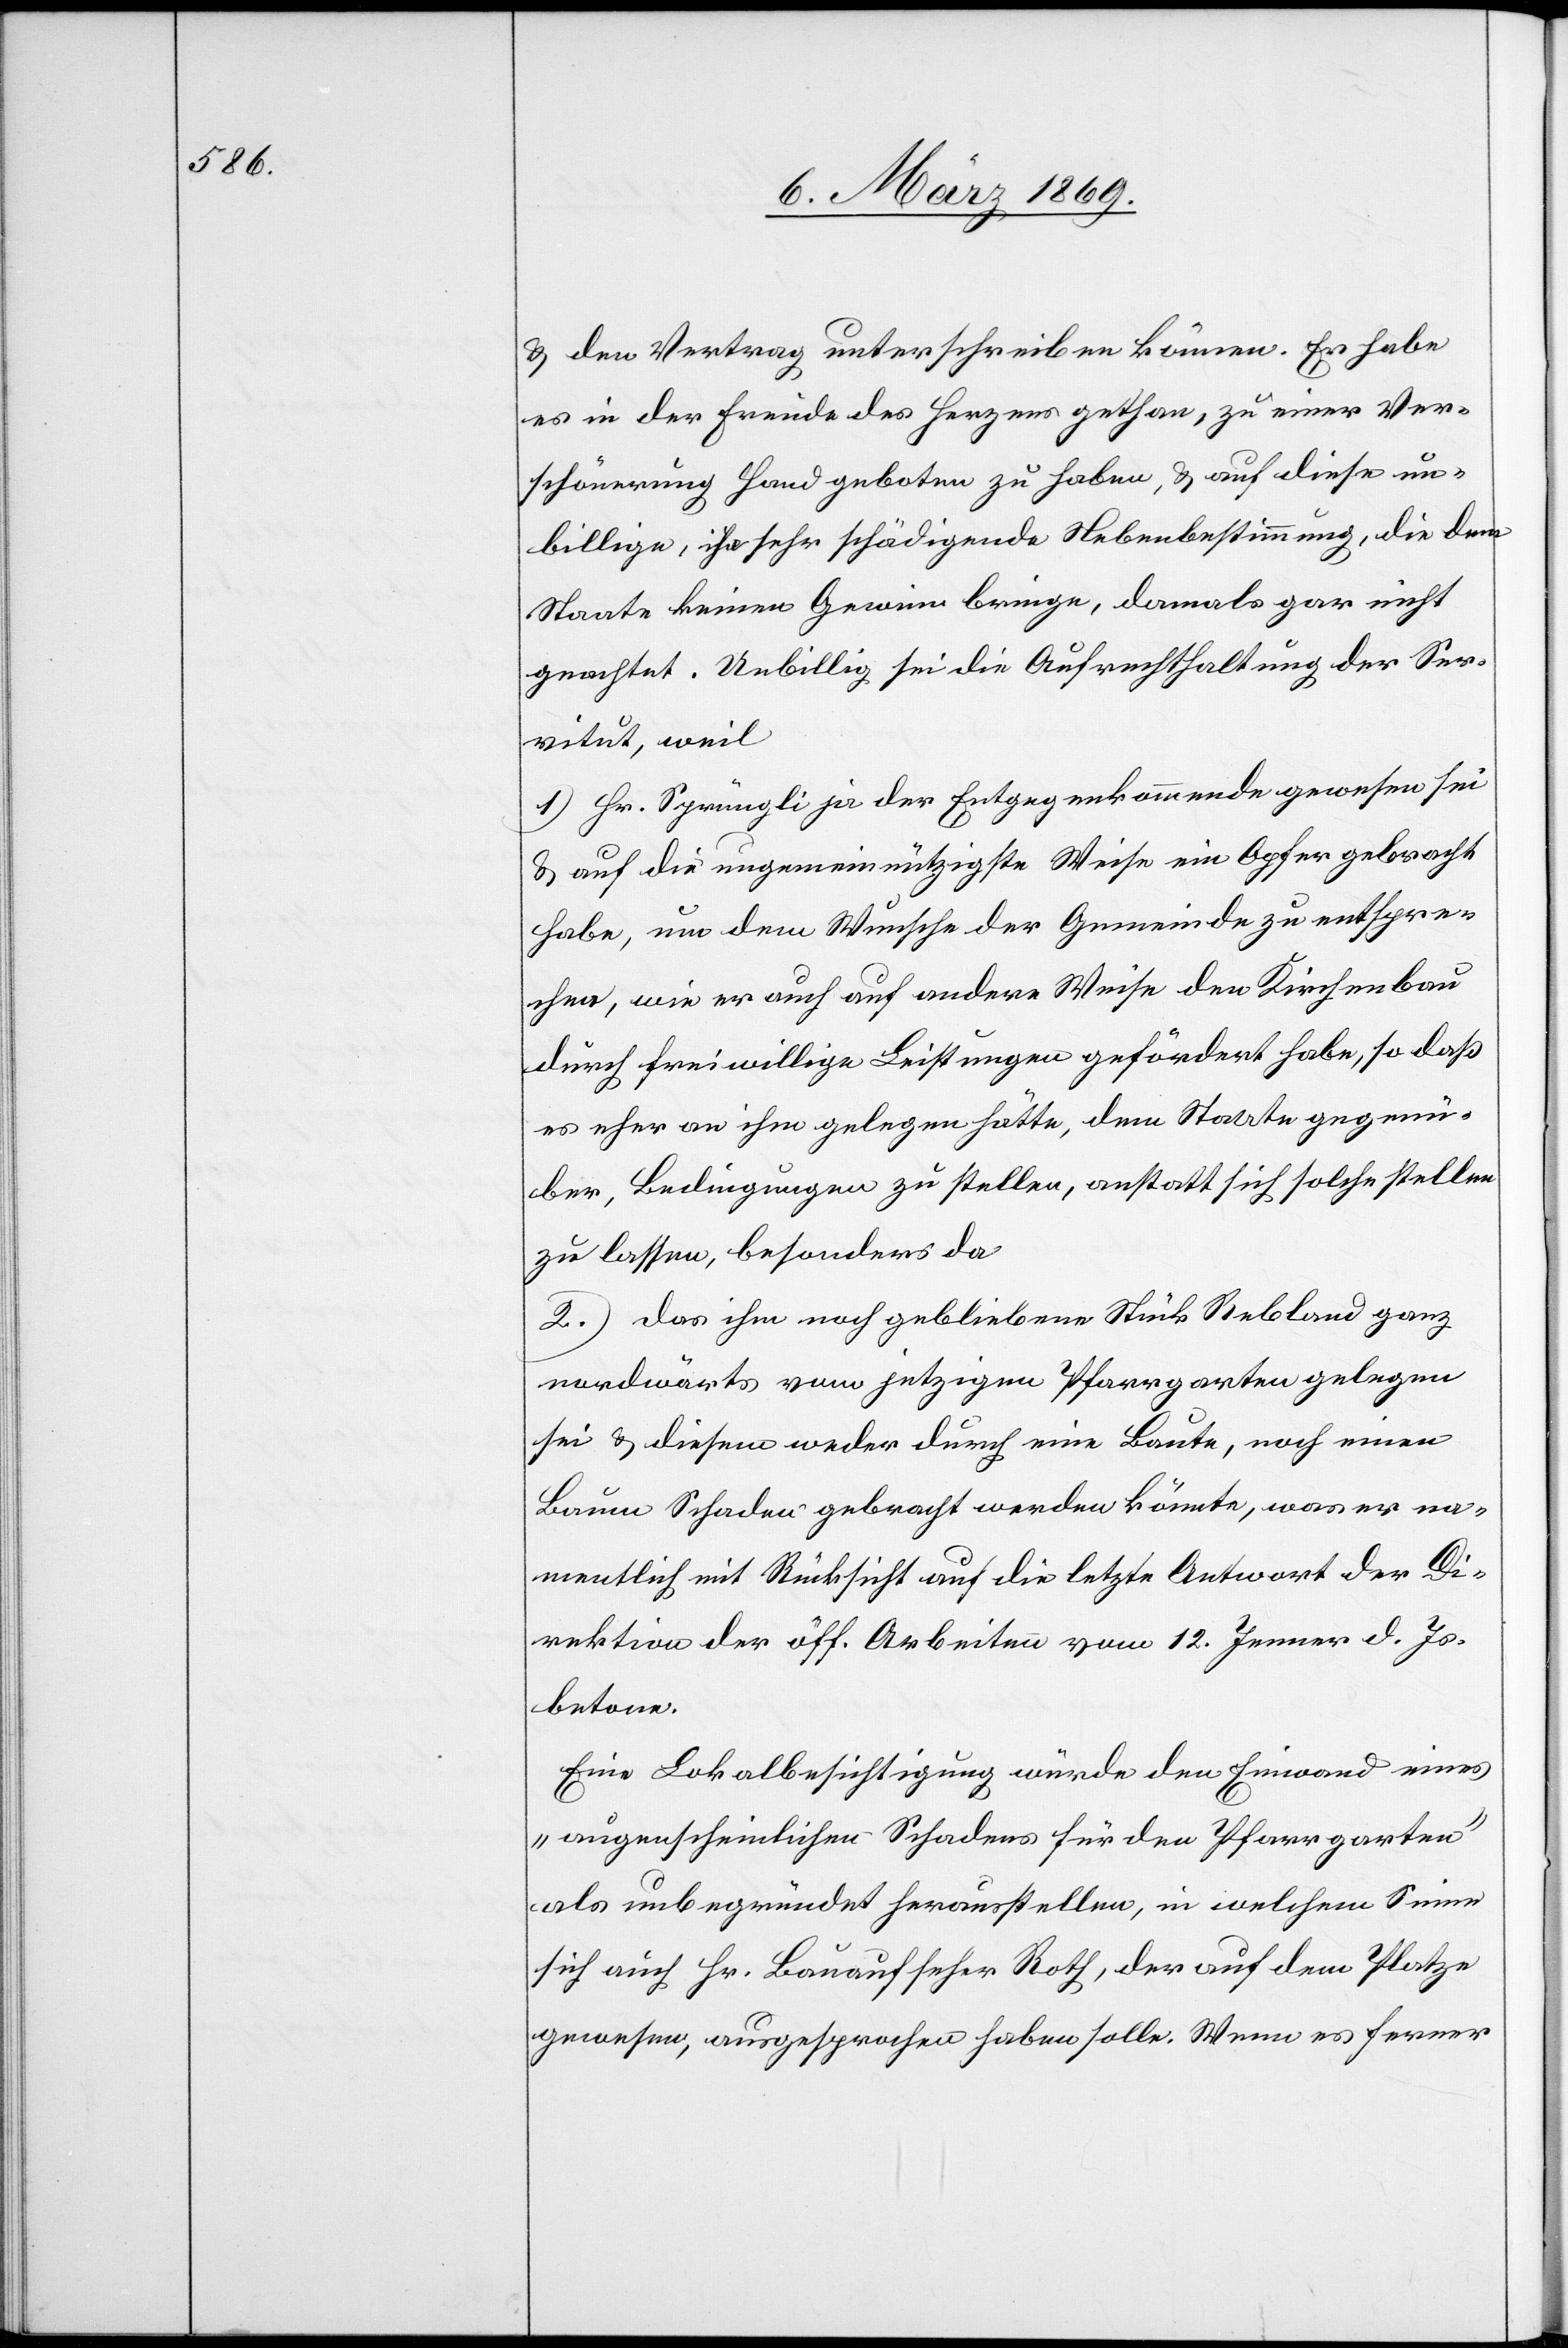
& den Vertrag unterschreiben können. Er habe
es in der Freude des Herzens gethan, zu einer Ver¬
schönerung Hand geboten zu haben, & auf diese un¬
billige, ihn sehr schädigende Nebenbestimmung, die dem
Staate keinen Gewinn bringe, damals gar nicht
geachtet. Unbillig sei die Aufrechthaltung der Ser¬
vitut, weil
1.) Hr. Sprüngli ja der Entgegenkommende gewesen sei
& auf die ungemeinnützigste Weise ein Opfer gebracht
habe, um dem Wunsche der Gemeinde zu entspre¬
chen, wie er auch auf andere Weise den Kirchenbau
durch freiwillige Leistungen gefördert habe, so daß
es eher an ihm gelegen hätte, dem Staate gegenü¬
ber, Bedingungen zu stellen, anstatt sich solche stellen
zu lassen, besonders da
2.) das ihm noch gebliebene Stück Rebland ganz
nordwärts vom jetzigen Pfarrgarten gelegen
sei & diesem weder durch eine Baute, noch einen
Baum Schaden gebracht werden könnte, was er na¬
mentlich mit Rücksicht auf die letzte Antwort der Di¬
rektion der öff. Arbeiten vom 12. Jenner d. Js.
betone.
Eine Lokalbesichtigung würde den Einwand eines
„augenscheinlichen Schadens für den Pfarrgarten“
als unbegründet herausstellen, in welchem Sinne
sich auch Hr. Bauaufseher Roth, der auf dem Platze
gewesen, ausgesprochen haben solle. Wenn es ferner